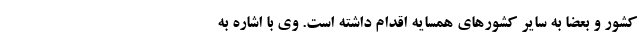
کشور و بعضاً به سایر کشورهای همسایه اقدام داشته است. وی با اشاره به